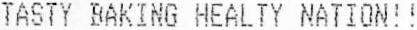
TASTY BAKING HEALTY NATION!!